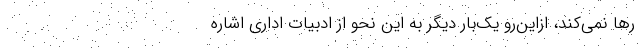
رها نمی‌کند، ازاین‌رو یک‌بار دیگر به این نحو از ادبیات اداری اشاره